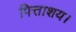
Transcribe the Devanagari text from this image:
पित्ताशय।